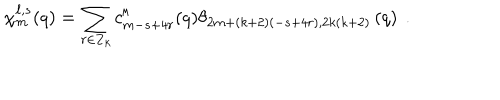
LaTeX: \chi _ { m } ^ { \ell , s } ( q ) = \sum _ { r \in { \bf Z } _ { k } } c _ { m - s + 4 r } ^ { \ell } ( q ) \theta _ { 2 m + ( k + 2 ) ( - s + 4 r ) , 2 k ( k + 2 ) } \left( q \right) ~ .